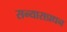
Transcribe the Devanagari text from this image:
सन्यासप्रधन